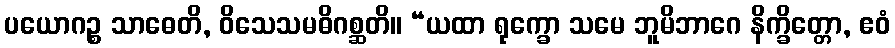
ပယောဂဉ္စ သာဓေတိ, ဝိသေသမဓိဂစ္ဆတိ။ “ယထာ ရုက္ခော သမေ ဘူမိဘာဂေ နိက္ခိတ္တော, ဧဝံ